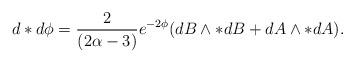
LaTeX: \begin{align*}d*d\phi = \frac{2}{(2\alpha-3)} e^{-2\phi}(dB \wedge *dB + dA \wedge *dA).\end{align*}